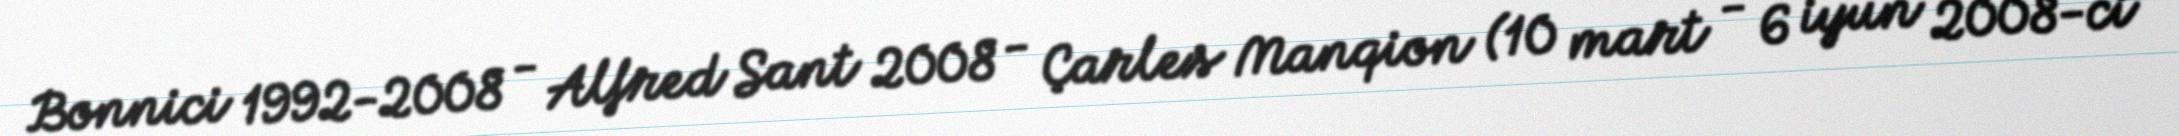
Bonnici 1992-2008 - Alfred Sant 2008 - Çarles Manqion (10 mart - 6 iyun 2008-ci